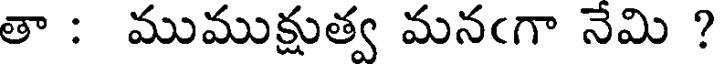
తా : ముముక్షుత్వ మనఁగా నేమి ?